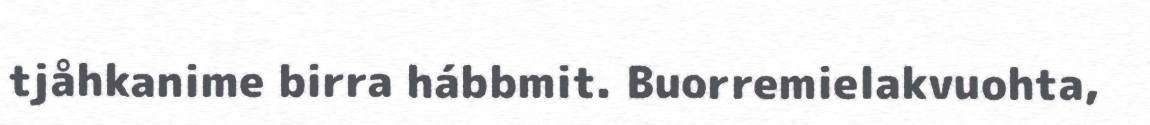
tjåhkanime birra hábbmit. Buorremielakvuohta,